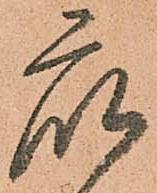
衆